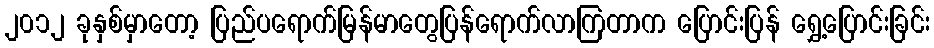
၂၀၁၂ ခုနှစ်မှာတော့ ပြည်ပရောက်မြန်မာတွေပြန်ရောက်လာကြတာက ပြောင်းပြန် ရွှေ့ပြောင်းခြင်း